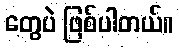
တွေပဲ ဖြစ်ပါတယ်။